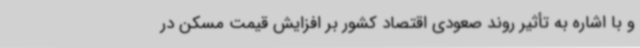
و با اشاره به تأثیر روند صعودی اقتصاد کشور بر افزایش قیمت مسکن در